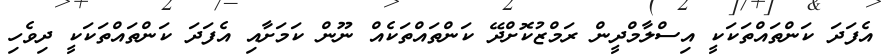
އެފަދަ ކަންތައްތަކަކީ އިސްލާމްދީން ރަމްޒުކޮށްދޭ ކަންތައްތަކެއް ނޫން ކަމަށާއި އެފަދަ ކަންތައްތަކަކީ ދިވެހި